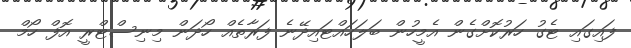
ފައިގައި ޓެގު ހަރުކޮށްގެން އެމީހުން ބަލަހައްޓައިދޭނެ ފަރާތެއް ހޯދަން މިނިސްޓްރީ އޮފް ހޯމް